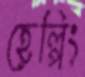
হেল্পিং